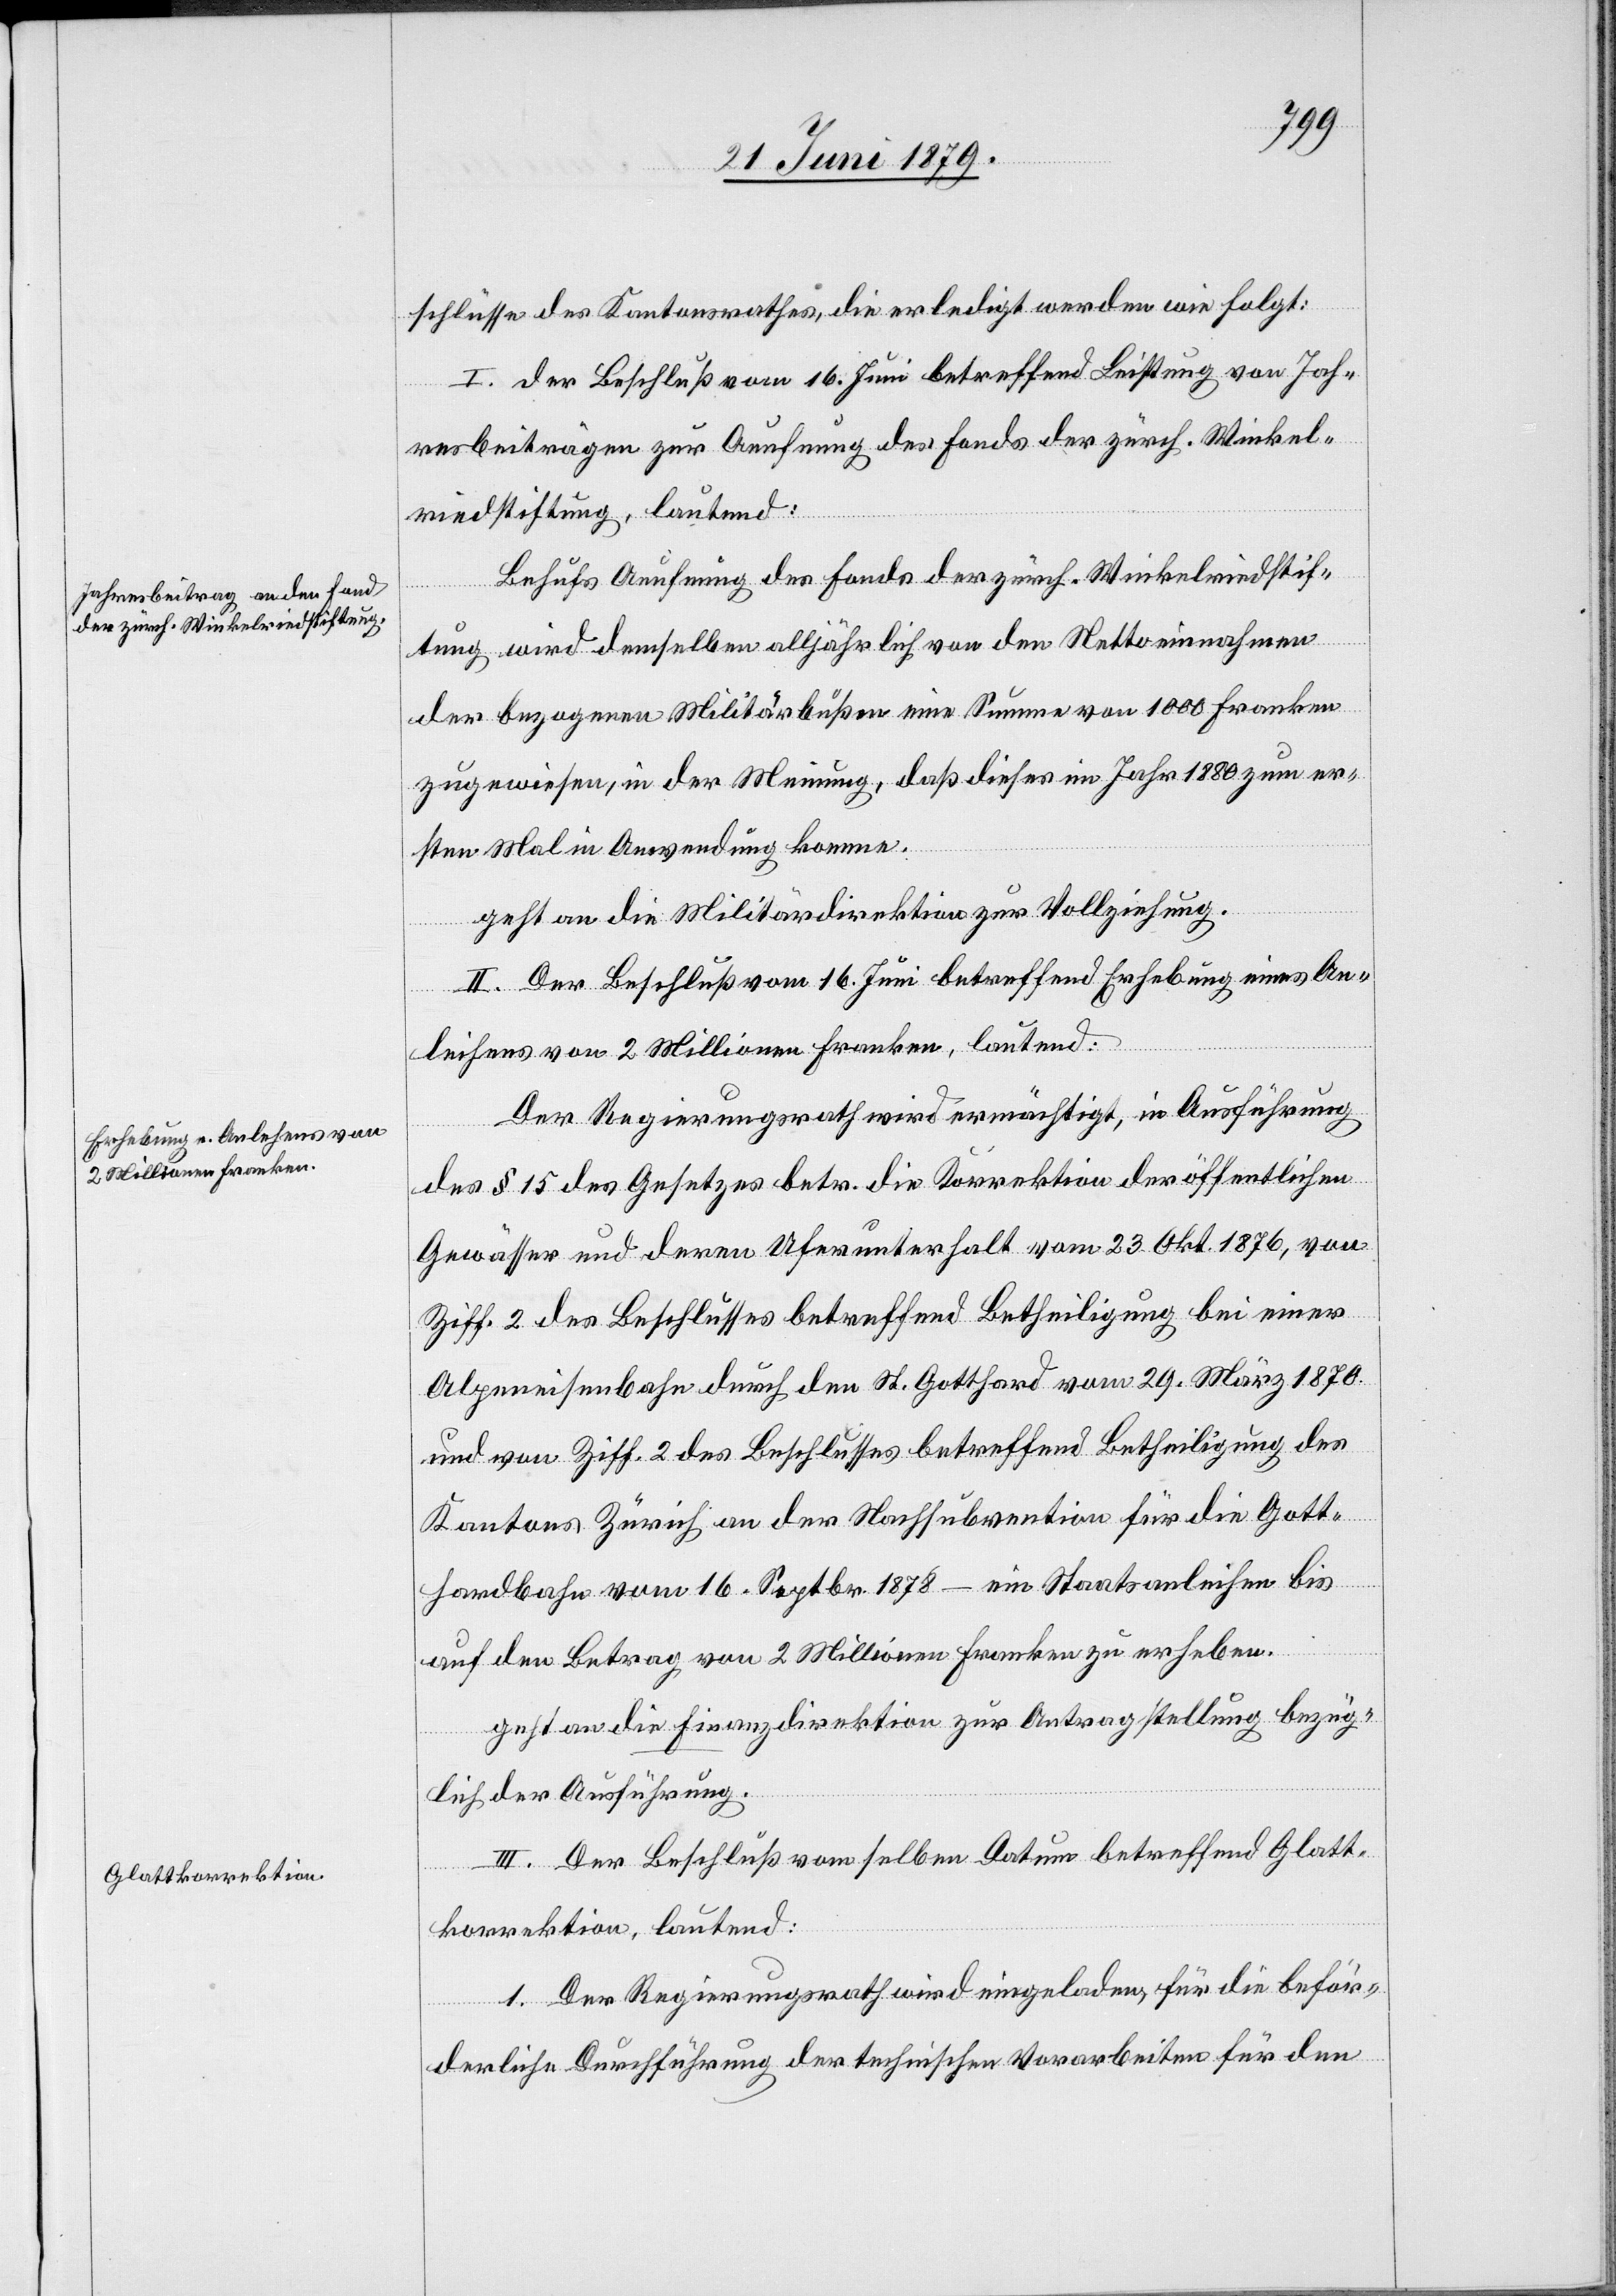
Jah¬
schlüsse des Kantonsrathes, die erledigt werden wie folgt:
resbeiträgen zur Aeufnung des Fonds der zürch. Winkel¬
riedstiftung, lautend:
Behufs Aeufnung des Fonds der zürch. Winkelriedstif¬
tung wird demselben alljährlich von den Nettoeinnahmen
der bezogenen Militärbußen eine Summe von 1000 Franken
zugewiesen, in der Meinung, daß dieses im Jahr 1880 zum er¬
sten Mal in Anwendung komme.
geht an die Militärdirektion zur Vollziehung.
II. Der Beschluß vom 16. Juni betreffend Erhebung eines An¬
der
leihens von 2 Millionen Franken, lautend:
Der Regierungsrath wird ermächtigt, in Ausführung
des § 15 des Gesetzes betr. die Korrektion der öffentlichen
Gewässer und deren Uferunterhalt vom 23. Okt. 1876, von
Ziff. 2 des Beschlusses betreffend Betheiligung bei einer
Alpenreisenbahn durch den St. Gotthard vom 29. März 1879
und von Ziff. 2 des Beschlusses betreffend Betheiligung des
Kantons Zürich an der Nachsubvention für die Gott¬
hardbahn vom 16. Septbr. 1878 – ein Staatsanleihen bis
auf den Betrag von 2 Millionen Franken zu erheben.
geht an die Finanzdirektion zur Antragstellung bezüg¬
von
lich der Ausführung.
III. Der Beschluß vom selben Datum betreffend Glatt¬
betreffend
korrektion, lautend:
1. Der Regierungsrath wird eingeladen, für die beför¬
derliche Durchführung der technischen Vorarbeiten für den